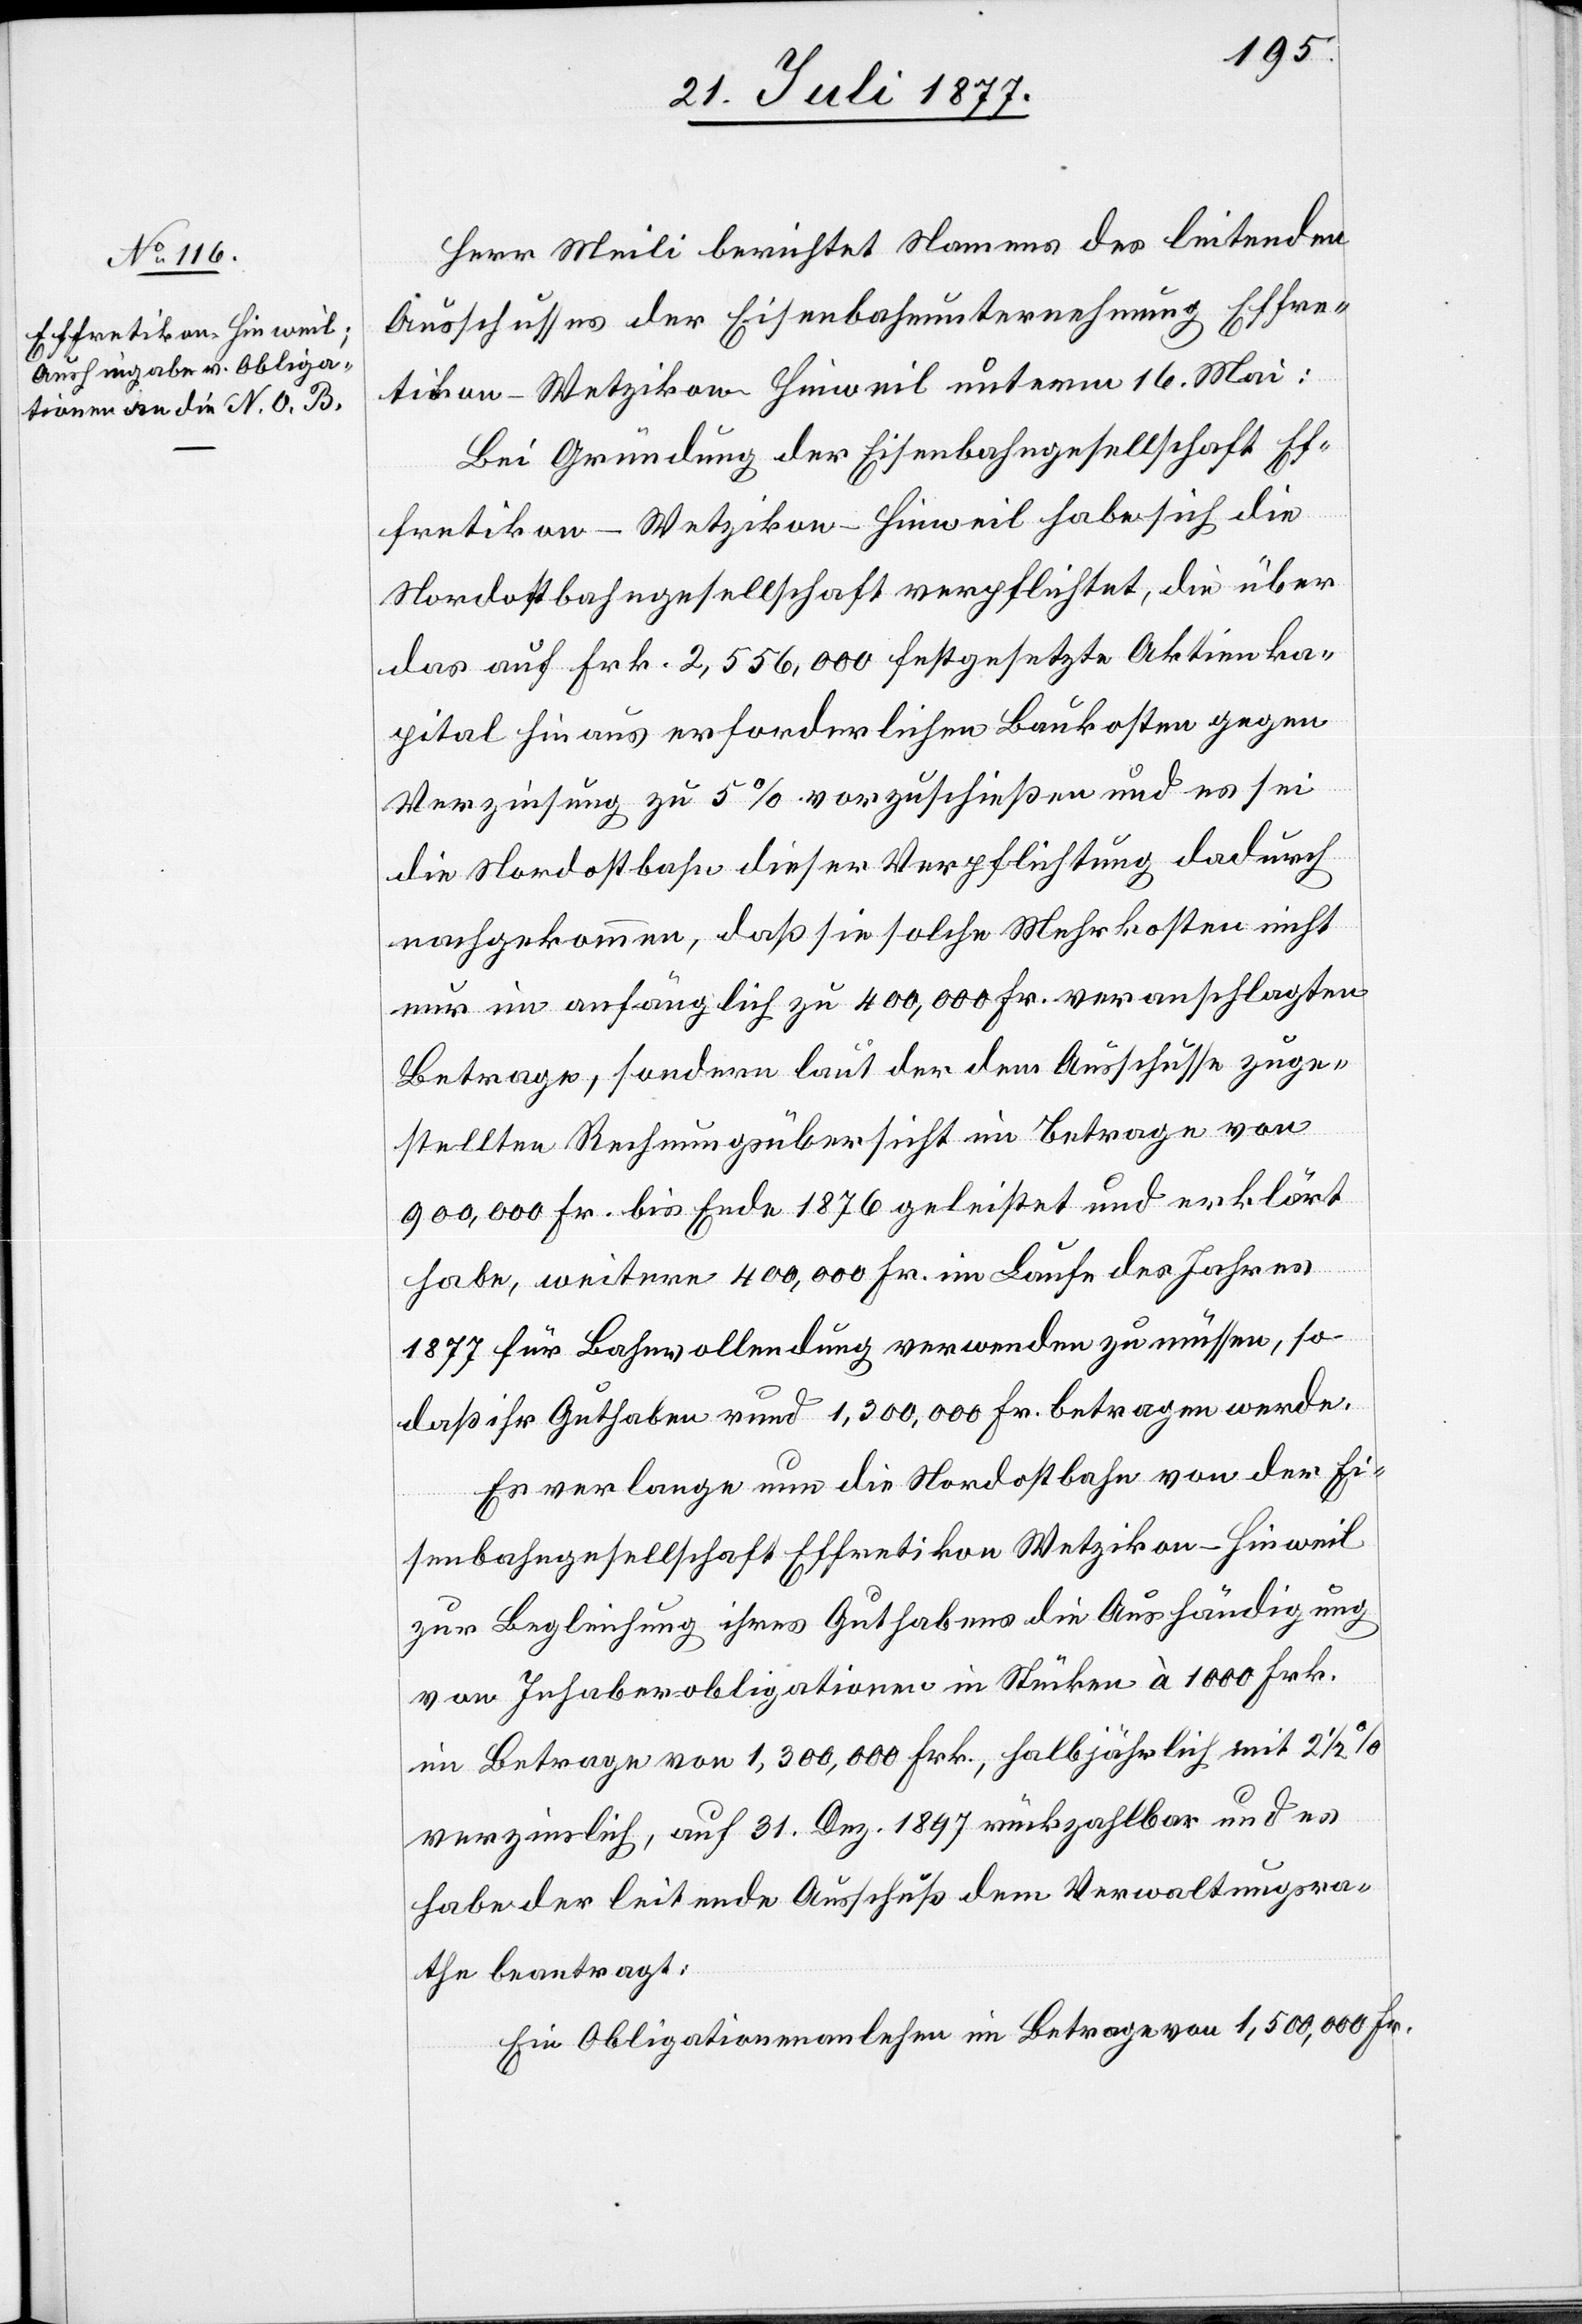
Herr Meili berichtet Namens des leitenden
Ausschusses der Eisenbahnunternehmung Effre¬
tikon–Wetzikon–Hinweil unterm 16. Mai:
Bei Gründung der Eisenbahngesellschaft Ef¬
fretikon–Wetzikon–Hinweil habe sich die
Nordostbahngesellschaft verpflichtet, die über
das auf Frk. 2,556,000 festgesetzte Aktienka¬
pital hinaus erforderlichen Baukosten gegen
Verzinsung zu 5% vorzuschießen und es sei
die Nordostbahn dieser Verpflichtung dadurch
nachgekommen, daß sie solche Mehrkosten nicht
nur im anfänglich zu 400,000 Fr. veranschlagten
Betrage, sondern laut der dem Ausschusse zuge¬
stellten Rechnungsübersicht im Betrage von
900,000 Fr. bis Ende 1876 geleistet und erklärt
habe, weitere 400,000 Fr. im Laufe des Jahres
1877 für Bahnvollendung verwenden zu müssen, so
daß ihr Guthaben rund 1,300,000 Fr. betragen werde.
Es verlange nun die Nordostbahn von der Ei¬
senbahngesellschaft Effretikon–Wetzikon–Hinweil
zur Begleichung ihres Guthabens die Aushändigung
von Inhaberobligationen in Stücken à 1000 Frk.
im Betrage von 1,300,000 Frk., halbjährlich mit 2 1/2
verzinslich, auf 31. Dez. 1897 rückzahlbar und es
habe der leitende Ausschuß dem Verwaltungsra¬
the beantragt:
Ein Obligationenanlehen im Betrage von 1,500,000 Fr.